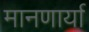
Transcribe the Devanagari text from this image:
मानणार्या